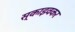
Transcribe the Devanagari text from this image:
स्काइवकर